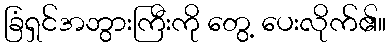
ခြံရှင်အဘွားကြီးကို တွေ့ ပေးလိုက်၏။